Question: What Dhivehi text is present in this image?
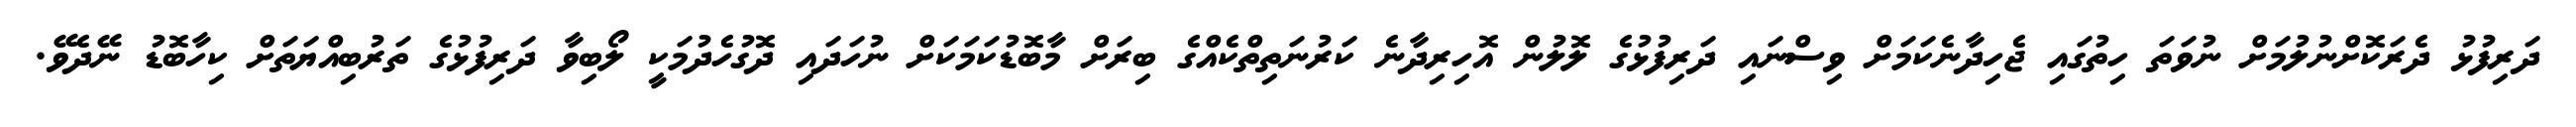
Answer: ދަރިފުޅު ދެރަކޮށްނުލުމަށް ނުވަތަ ހިތުގައި ޖެހިދާނެކަމަށް ވިސްނައި ދަރިފުޅުގެ ލޮލުން އޮހިރިދާނެ ކަރުނަތިތްކެއްގެ ބިރަށް މާބޮޑުކަމަކަށް ނުހަދައި ދޮގުހެދުމަކީ ލޯބިވާ ދަރިފުޅުގެ ތަރުބިއްޔަތަށް ކިހާބޮޑު ނޭދެވޭ.